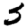
Digit: 5